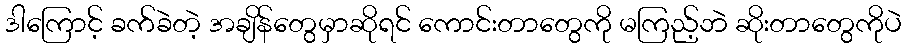
ဒါကြောင့် ခက်ခဲတဲ့ အချိန်တွေမှာဆိုရင် ကောင်းတာတွေကို မကြည့်ဘဲ ဆိုးတာတွေကိုပဲ